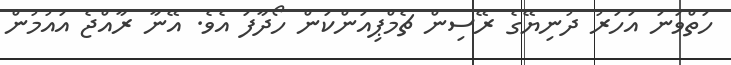
ހަތްވަނަ އަހަރު ދުނިޔޭގެ ރޭސިން ޗެމްޕިއަންކަން ހޯދާފަ އެވެ. އޭނާ ރާއްޖެ އައުމުން